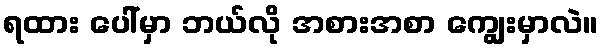
ရထား ပေါ်မှာ ဘယ်လို အစားအစာ ကျွေးမှာလဲ။